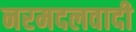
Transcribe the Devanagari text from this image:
नरमदलवादी